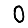
Digit: 0